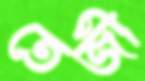
তেজী